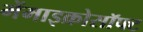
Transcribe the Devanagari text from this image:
मेंमाइक्रोसॉफ्ट